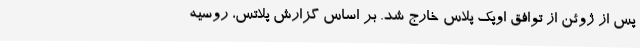
پس از ژوئن از توافق اوپک پلاس خارج شد. بر اساس گزارش پلاتس، روسیه